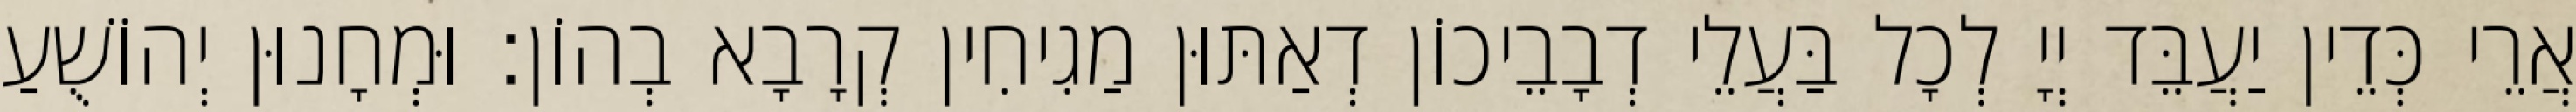
אֲרֵי כְּדֵין יַעֲבֵּד יְיָ לְכָל בַּעֲלֵי דְבָבֵיכוֹן דְאַתּוּן מַגִיחִין קְרָבָא בְהוֹן׃ וּמְחָנוּן יְהוֹשֻׁעַ